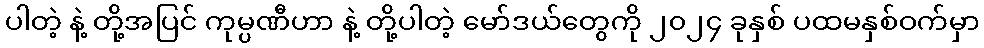
ပါတဲ့ နဲ့ တို့အပြင် ကုမ္ပဏီဟာ နဲ့ တို့ပါတဲ့ မော်ဒယ်တွေကို ၂၀၂၄ ခုနှစ် ပထမနှစ်ဝက်မှာ